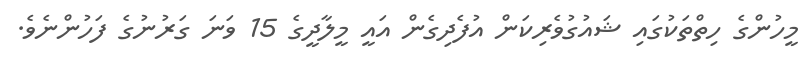
މީހުންގެ ހިތްތަކުގައި ޝައުގުވެރިކަން އުފެދިގެން އައީ މީލާދީގެ 15 ވަނަ ގަރުނުގެ ފަހުންނެވެ.